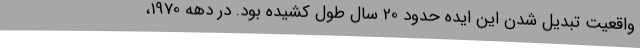
واقعیت تبدیل شدن این ایده حدود 20 سال طول کشیده بود. در دهه 1970،